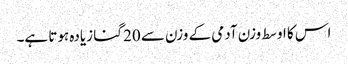
اس کا اوسط وزن آدمی کے وزن سے 20 گنا زیادہ ہوتا ہے۔